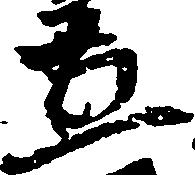
五